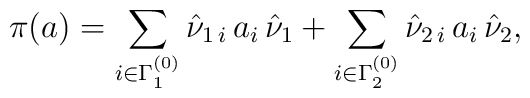
\pi(a) = \sum_{i\in\Gamma_{1}^{(0)}}\hat{\nu}_{1\,i}\,a_i \,\hat{\nu}_{1}+ \sum_{i\in\Gamma_{2}^{(0)}}\hat{\nu}_{2\,i}\,a_i \,\hat{\nu}_{2},